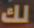
لك